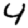
Digit: 4